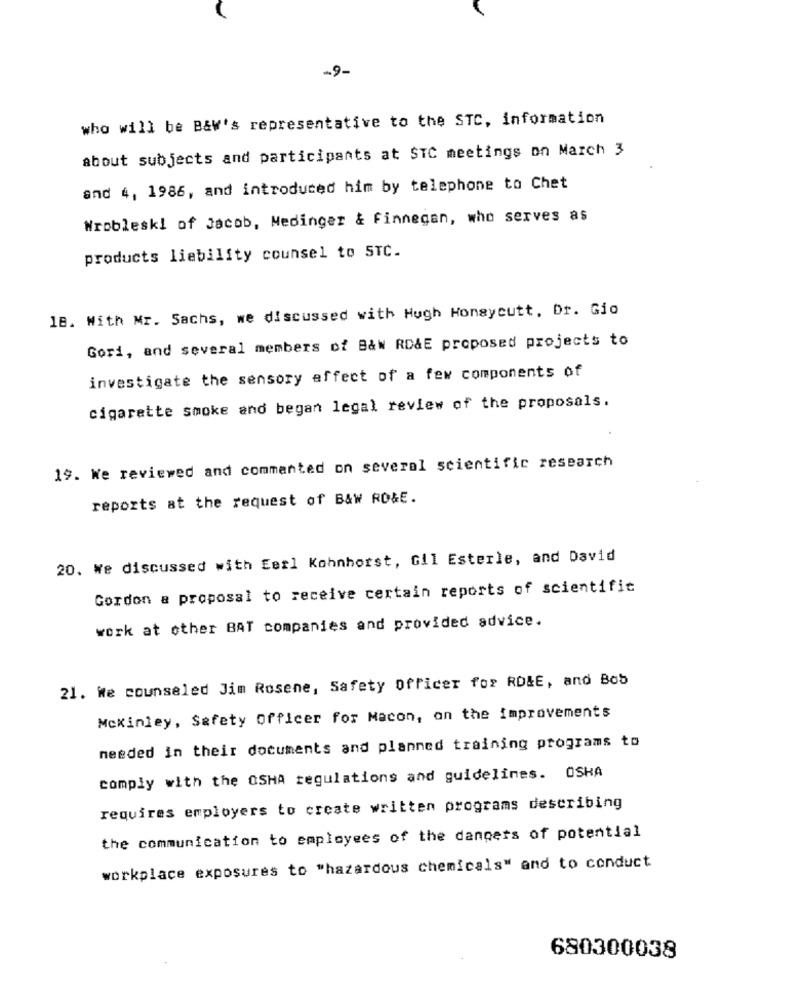
-9-
who will be B&w's representative to the STC, information
about subjects and participants at STC meetings on March 3
and 4, 1986, and introduced him by telephone to Chet
Wrobleski of Jacob, Medinger & Finnegan, who serves as
products liability counsel to STC.
18. With Mr. Sachs, we discussed with Hugh Honeycutt, Dr. Gio
Gori, and several members of B&w RD&E proposed projects to
investigate the sensory effect of a few components of
cigarette smoke and began legal review of the proposals.
19. We reviewed and commented on several scientific research
reports at the request of B&W RO&E.
20. We discussed with Eerl Kohnhorst, Gil Esterle, and David
Gordon a proposal to receive certain reports of scientific
work at other BAT companies and provided advice.
21. We counseled Jim Rosene, Safety Officer for RD&E, and Bob
Mckinley, Safety Officer for Macon, on the improvements
needed in their documents and planned training programs to
comply with the OSHA regulations and guidelines. OSHA
requires employers to create written programs describing
the communication to employees of the dangers of potential
workplace exposures to "hazardous chemicals" and to conduct
680300038